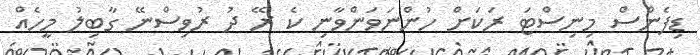
ޑިފެންސް މިނިސްޓަ ރަކަށް ހުންނަވަންވާނި ކެ ރޭ ދު ރުވިސްނޭ ގާބިލު މީހެއް